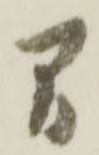
間